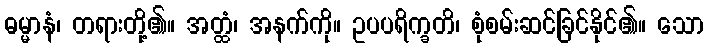
ဓမ္မာနံ၊ တရားတို့၏။ အတ္ထံ၊ အနက်ကို။ ဥပပရိက္ခတိ၊ စုံစမ်းဆင်ခြင်နိုင်၏။ သော